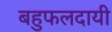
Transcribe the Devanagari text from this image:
बहुफलदायी